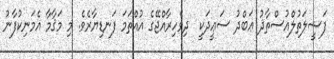
ފަޟީލަތުލްއުސްތާޛު ޢަބްދު ސަޢީދަކީ  ދިވެހިރާއްޖޭގެ އުއްތަމަ ފަނޑިޔާރެވެ. މި މަޤާމާ އެމަނިކުފާނު